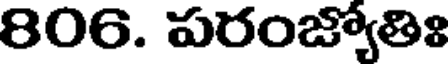
806. పరంజ్యోతిః